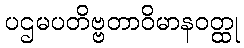
ပဌမပတိဗ္ဗတာဝိမာနဝတ္ထု